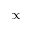
\propto